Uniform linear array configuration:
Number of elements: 32
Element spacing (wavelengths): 0.25
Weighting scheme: blackman
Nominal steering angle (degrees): -45
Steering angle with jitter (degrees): -45.608
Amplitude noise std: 0.05
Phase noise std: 0.05

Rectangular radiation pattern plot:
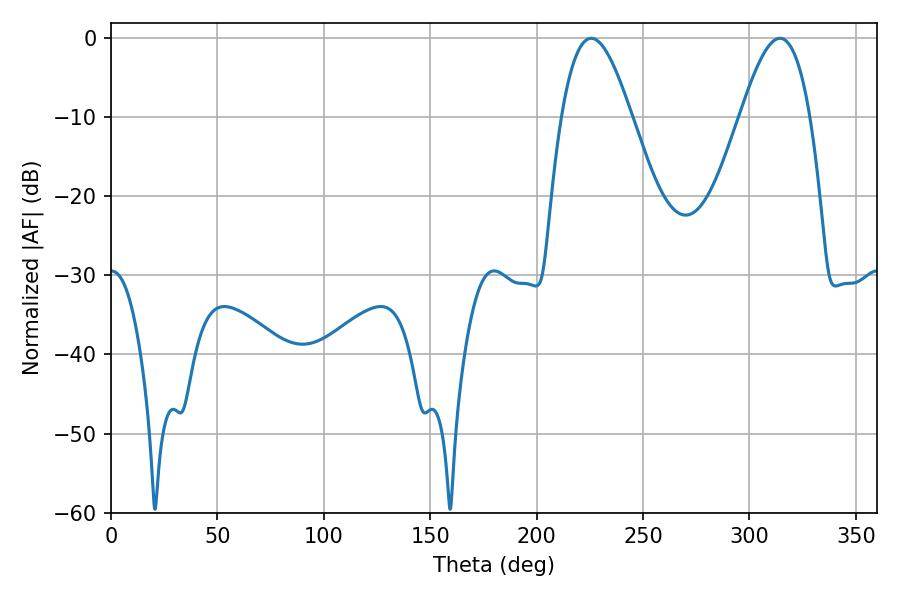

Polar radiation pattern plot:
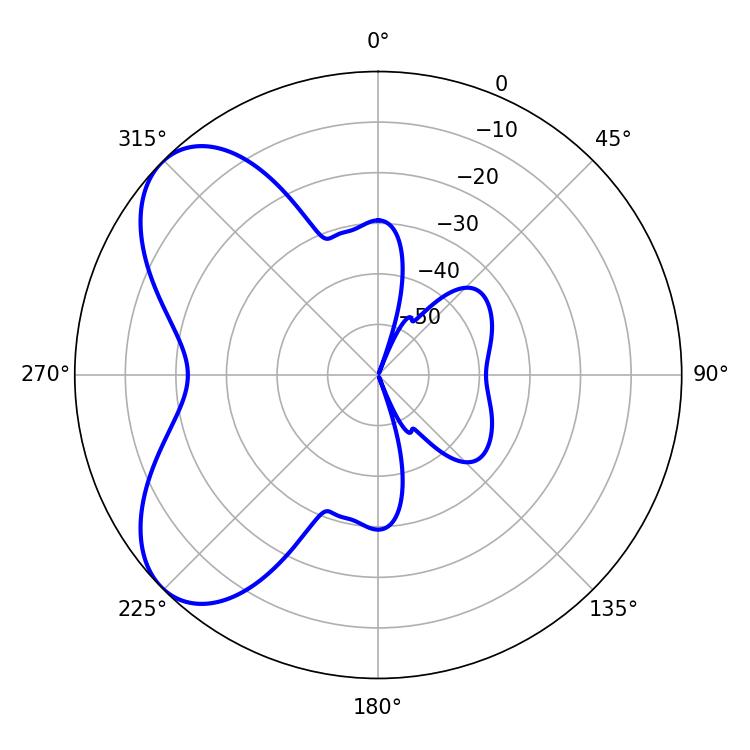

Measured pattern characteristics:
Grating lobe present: FALSE
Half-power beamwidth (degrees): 17.64
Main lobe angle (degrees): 225.72